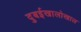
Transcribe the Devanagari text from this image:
दुबईखालोखाल